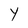
Character: Y